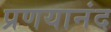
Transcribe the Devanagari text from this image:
प्रणयानंद